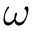
\omega